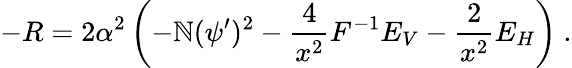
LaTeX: -R=2\alpha^{2}\left(-\mathbb{N}(\psi^{\prime})^{2}-{\frac{{4}}{{x^{2}}}}F^{-1}E_{V}-{\frac{{2}}{{x^{2}}}}E_{H}\right)\ .